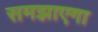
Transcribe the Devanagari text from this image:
समझाएगा